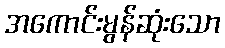
အကောင်းမွန်ဆုံးသော